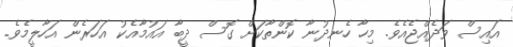
އައިސް ވަދެއްޖެއެވެ. މިހާ ހެނދުނާ ކޮންތާކަށް ގޮސް ދީބާ އައުމާއެކު އަހަރެން އަހާލީމެވެ.